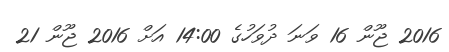
2016 ޖޫން 16 ވަނަ ދުވަހުގެ 14:00 އަށް 2016 ޖޫން 21